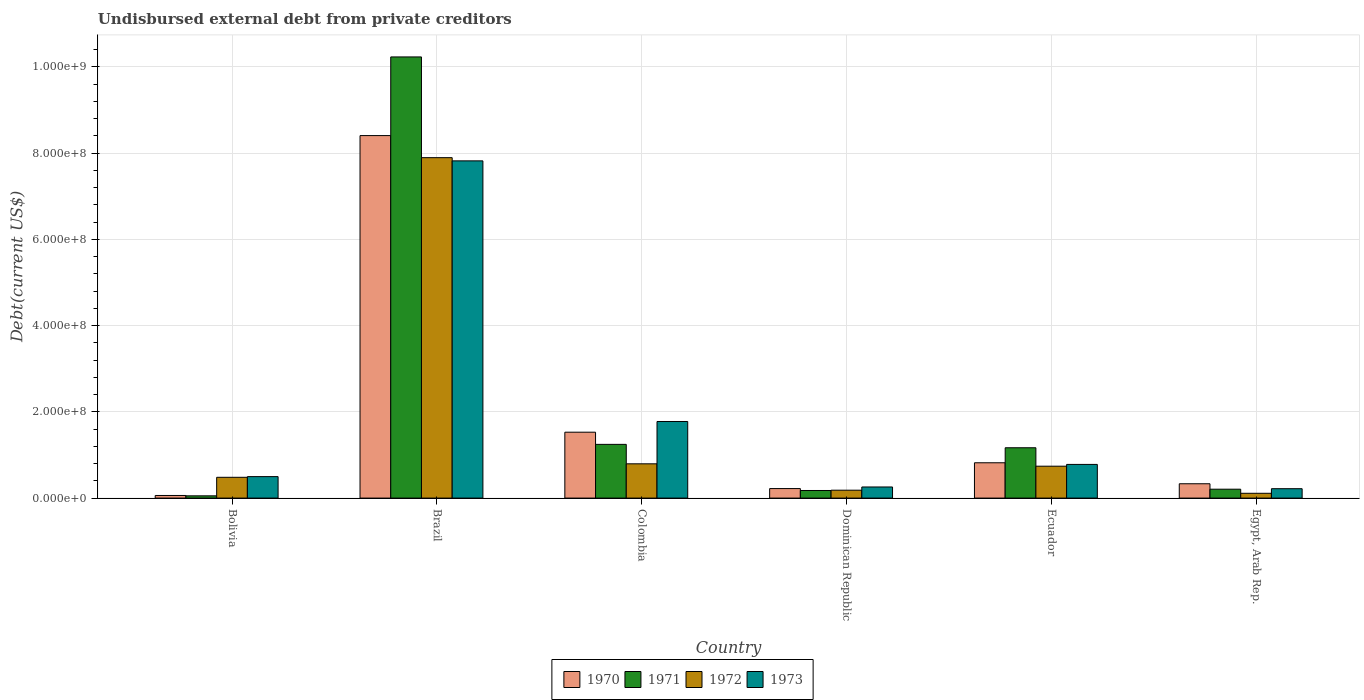
| Country | 1970 | 1971 | 1972 | 1973 |
 | --- | --- | --- | --- | --- |
 | Bolivia | 6.05e+06 | 5.25e+06 | 4.82e+07 | 4.98e+07 |
 | Brazil | 8.41e+08 | 1.02e+09 | 7.89e+08 | 7.82e+08 |
 | Colombia | 1.53e+08 | 1.25e+08 | 7.95e+07 | 1.78e+08 |
 | Dominican Republic | 2.21e+07 | 1.76e+07 | 1.83e+07 | 2.58e+07 |
 | Ecuador | 8.19e+07 | 1.17e+08 | 7.4e+07 | 7.81e+07 |
 | Egypt, Arab Rep. | 3.32e+07 | 2.06e+07 | 1.11e+07 | 2.18e+07 |